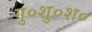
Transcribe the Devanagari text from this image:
गु०शु०श०